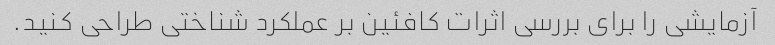
آزمایشی را برای بررسی اثرات کافئین بر عملکرد شناختی طراحی کنید.